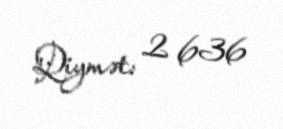
Qiymət: 2 636